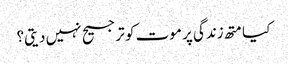
کیا متھ زندگی پر موت کو ترجیح نہیں دیتی؟